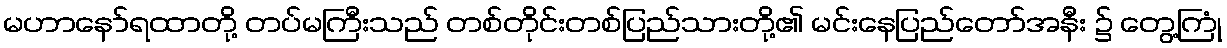
မဟာနော်ရထာတို့ တပ်မကြီးသည် တစ်တိုင်းတစ်ပြည်သားတို့၏ မင်းနေပြည်တော်အနီး ၌ တွေ့ကြုံ